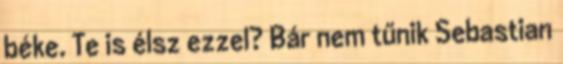
béke. Te is élsz ezzel? Bár nem tűnik Sebastian